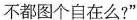
不都图个自在么?”